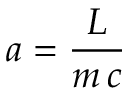
a = { \frac { L } { m \, c } }